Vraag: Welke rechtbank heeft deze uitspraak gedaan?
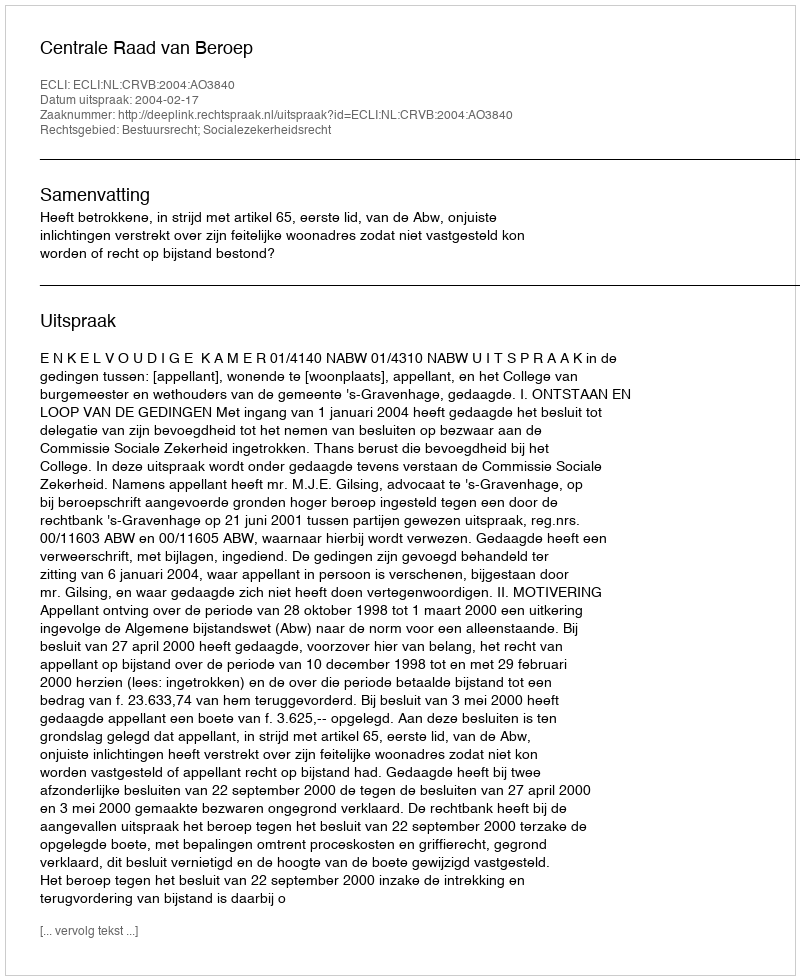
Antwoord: Centrale Raad van Beroep